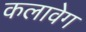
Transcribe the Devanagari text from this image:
कलावेग